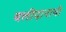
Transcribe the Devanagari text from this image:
बलीदानाची